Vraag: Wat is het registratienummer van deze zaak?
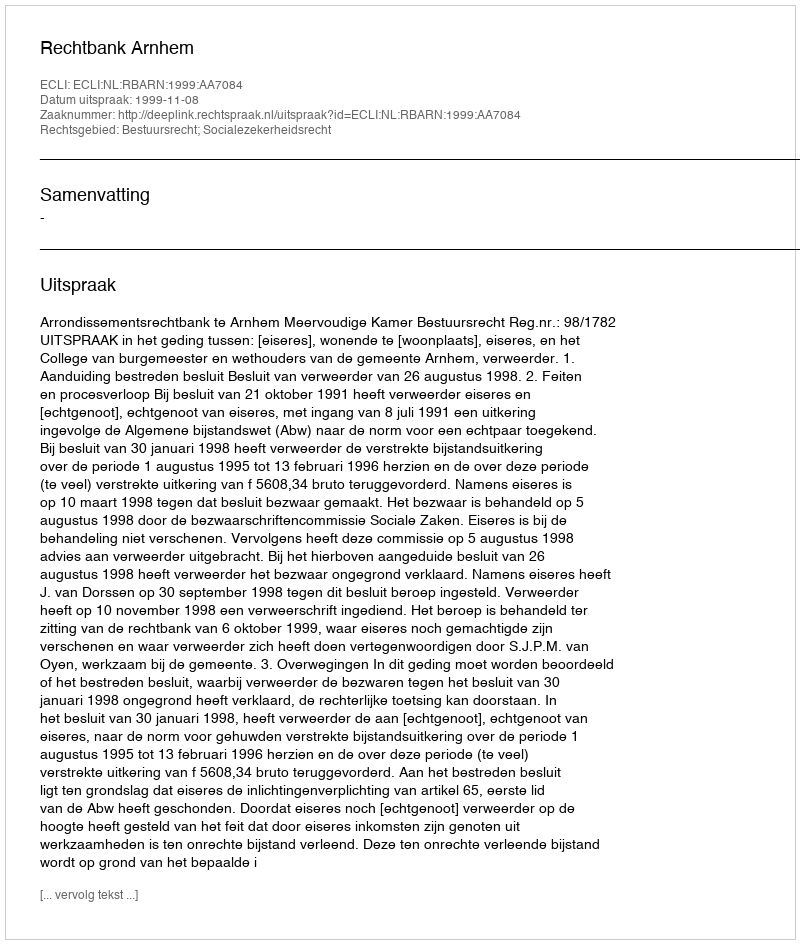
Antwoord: http://deeplink.rechtspraak.nl/uitspraak?id=ECLI:NL:RBARN:1999:AA7084